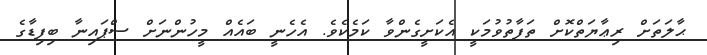
ޙާލަތަށް ރިޢާޔަތްކޮށް ތަފާތުވުމަކީ އެކަށީގެންވާ ކަމެކެވެ. އެހެނީ ބައެއް މީހުންނަށް ސްޕައިނާ ބިފިޑާގެ